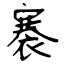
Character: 褰